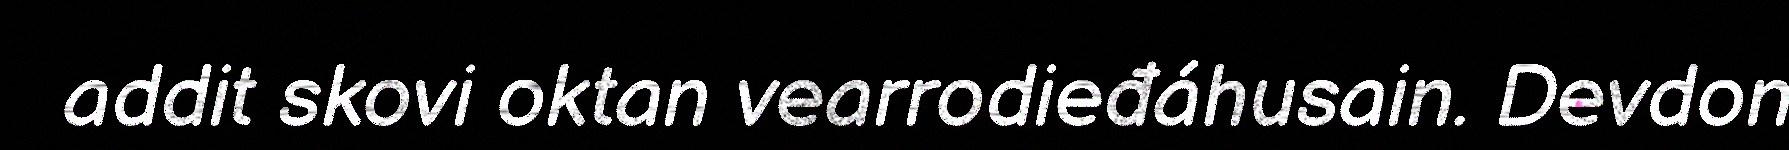
addit skovi oktan vearrodieđáhusain. Devdon